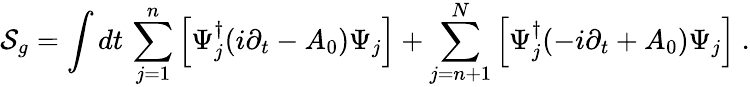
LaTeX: {\cal S}_{g}=\int dt\, \sum_{j=1}^{n}\left[\Psi_{j}^{\dagger}(i\partial_{t}-A_{0})\Psi_{j}\right]+\sum_{j=n+1}^{N}\left[\Psi_{j}^{\dagger}(-i\partial_{t}+A_{0})\Psi_{j}\right]~.